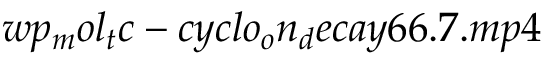
w p _ { m } o l _ { t } c - c y c l o _ { o } n _ { d } e c a y 6 6 . 7 . m p 4